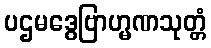
ပဌမဒွေဗြာဟ္မဏသုတ္တံ